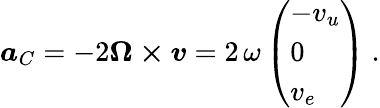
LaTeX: {\boldsymbol{a}}_{C}=-2{\boldsymbol{\Omega\times v}}=2\, \omega\, {\left(\begin{array}{l}{-v_{u}}\\ {0}\\ {v_{e}}\end{array}\right)}\ .